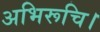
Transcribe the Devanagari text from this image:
अभिरूचि।